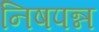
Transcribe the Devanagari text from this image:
निषपन्न